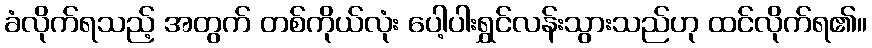
ခံလိုက်ရသည့် အတွက် တစ်ကိုယ်လုံး ပေါ့ပါးရွှင်လန်းသွားသည်ဟု ထင်လိုက်ရ၏။